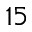
^ { 1 5 }